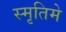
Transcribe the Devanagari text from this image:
स्मृतिमे